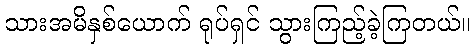
သားအမိနှစ်ယောက် ရုပ်ရှင် သွားကြည့်ခဲ့ကြတယ်။